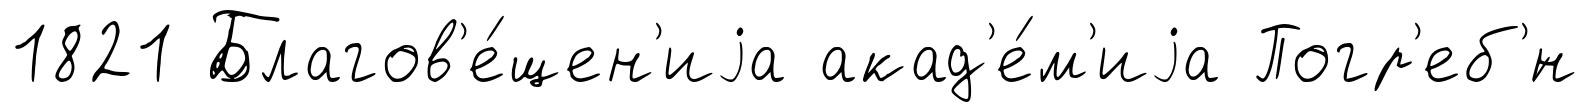
1821 Благов'е́щен'иjа акад'е́м'иjа Погр'еб'́н